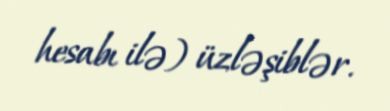
hesabı ilə) üzləşiblər.